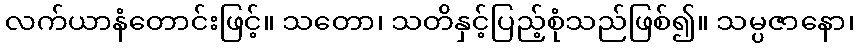
လက်ယာနံတောင်းဖြင့်။ သတော၊ သတိနှင့်ပြည့်စုံသည်ဖြစ်၍။ သမ္ပဇာနော၊